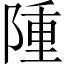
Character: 隀